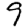
Digit: 9